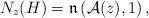
LaTeX: \begin{align*} N_z (H) = \mathfrak{n} \left( \mathcal{A} (z), 1\right) , \end{align*}